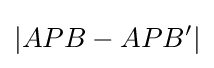
|APB-APB'|